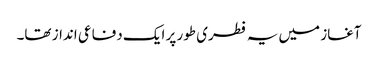
آغاز میں یہ فطری طور پر ایک دفاعی انداز تھا۔